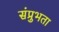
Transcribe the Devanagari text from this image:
संप्रुभता